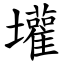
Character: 壦